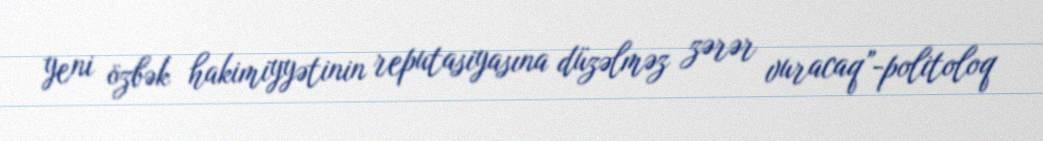
yeni özbək hakimiyyətinin reputasiyasına düzəlməz zərər vuracaq”-politoloq